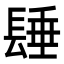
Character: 𨲉